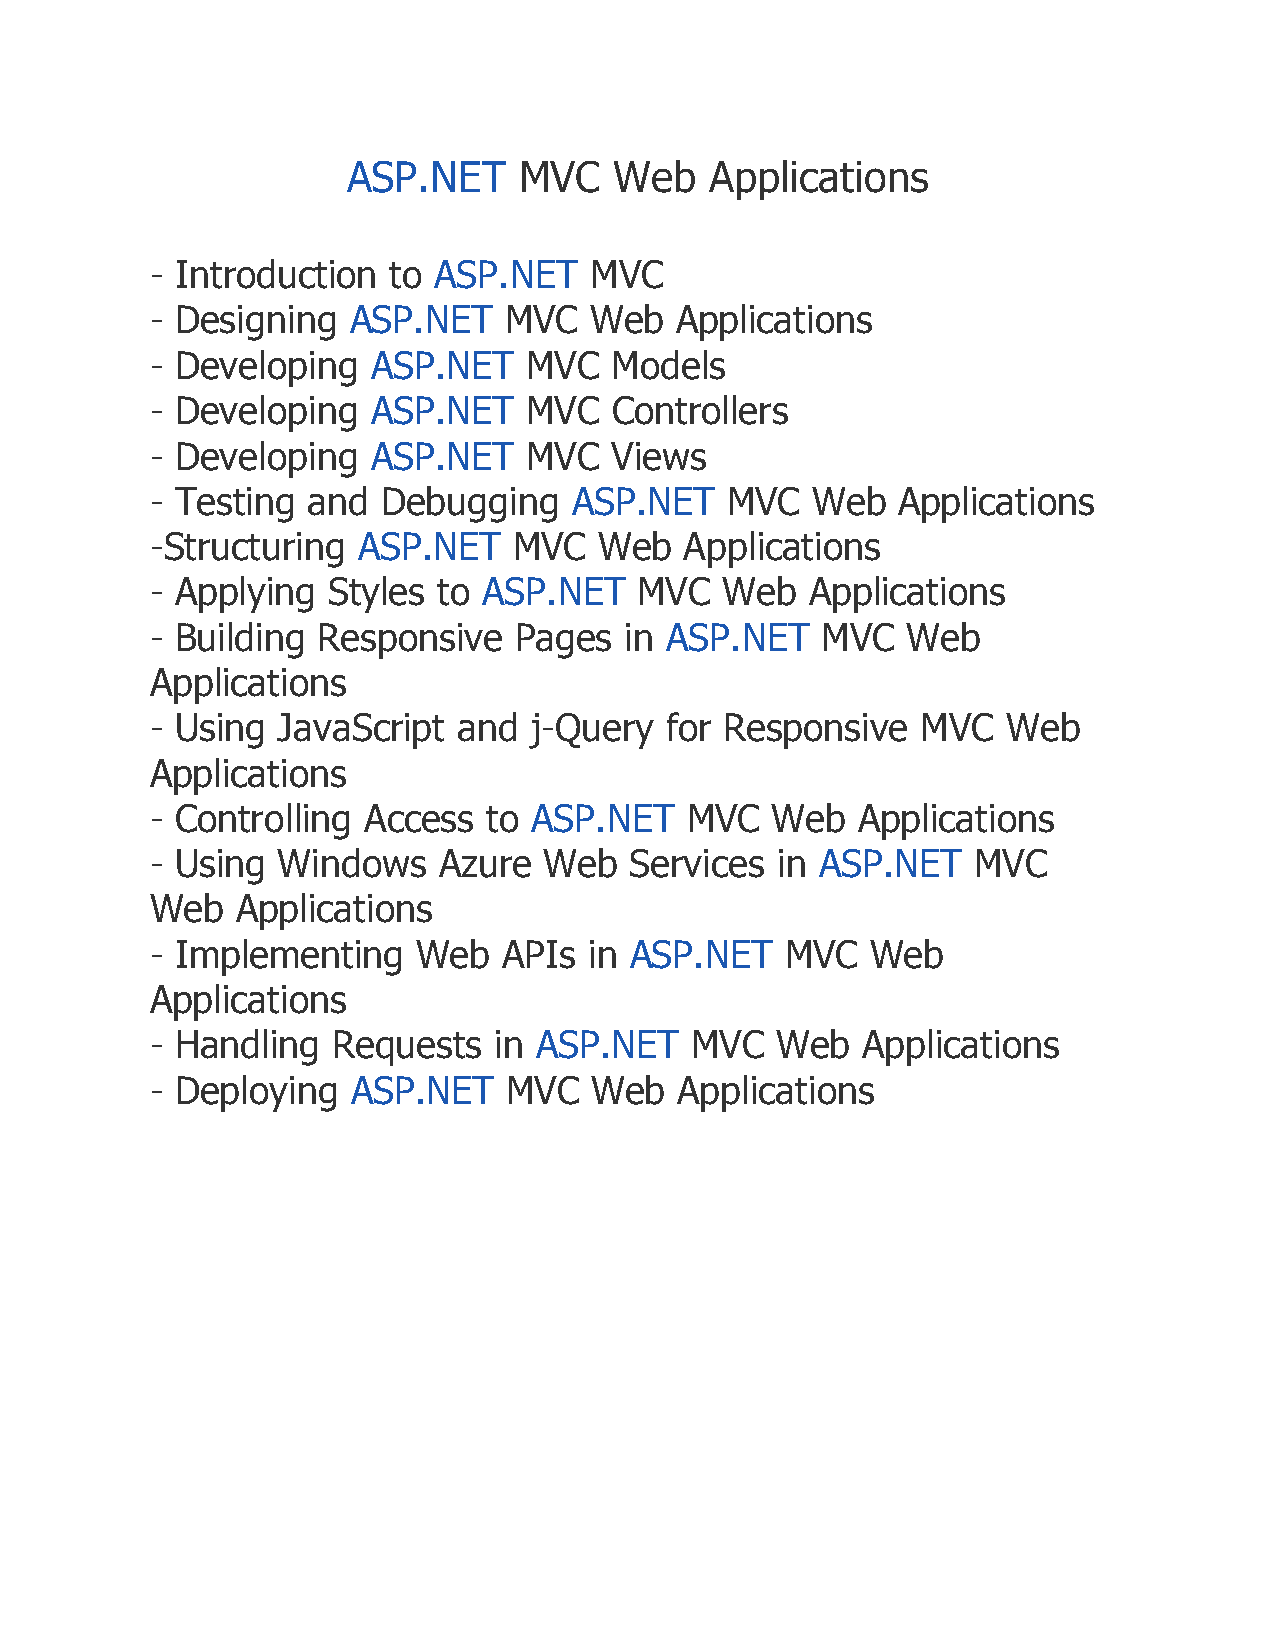
ASP.NET    MVC    Web   Applications
 - Introduction  to ASP.NET   MVC
 - Designing  ASP.NET   MVC   Web   Applications
 - Developing   ASP.NET   MVC  Models
 - Developing   ASP.NET   MVC  Controllers
 - Developing   ASP.NET   MVC  Views
 - Testing and  Debugging    ASP.NET   MVC   Web  Applications
 -Structuring  ASP.NET   MVC   Web  Applications
 - Applying  Styles to ASP.NET   MVC   Web   Applications
 - Building Responsive   Pages  in ASP.NET   MVC   Web
 Applications
 - Using JavaScript  and  j-Query  for Responsive   MVC   Web
 Applications
 - Controlling Access  to ASP.NET   MVC   Web   Applications
 - Using Windows    Azure  Web   Services in ASP.NET   MVC
 Web   Applications
 - Implementing    Web  APIs  in ASP.NET   MVC   Web
 Applications
 - Handling  Requests   in ASP.NET   MVC  Web   Applications
 - Deploying  ASP.NET    MVC  Web   Applications